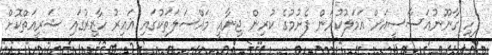
ފެހި ގާނޫނުއަސާސީއަށް އަމަލުކުރަން ފެށުމުގެ ކުރިން ޖިނާއީ މައްސަލަތަކުގައި ޣައިރު ހާޒިރުގައި ޝަރީއަތްކޮށް